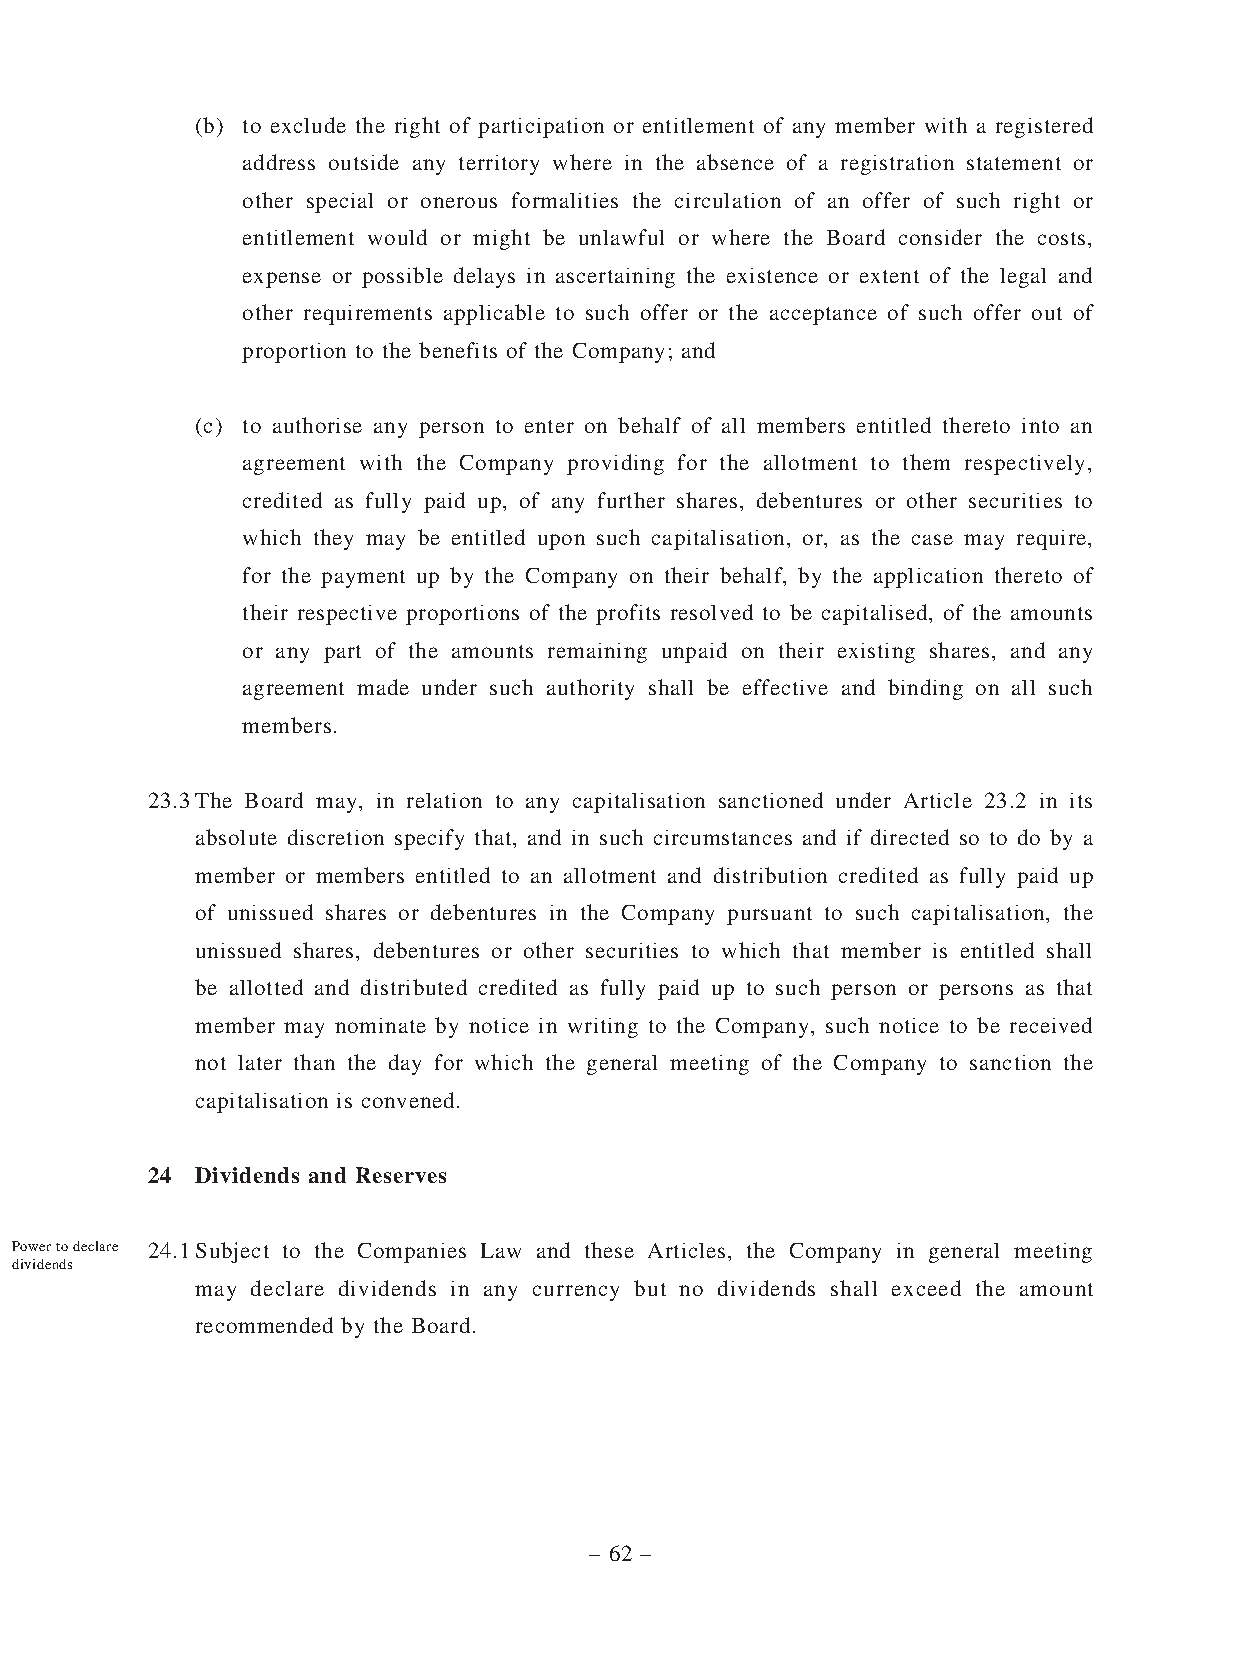
(b) to exclude the right of participation or entitlement of any member with a registered
 address outside any territory where in the absence of a registration statement or
 other special or onerous formalities the circulation of an offer of such right or
 entitlement would or might be unlawful or where the Board consider the costs,
 expense or possible delays in ascertaining the existence or extent of the legal and
 other requirements applicable to such offer or the acceptance of such offer out of
 proportion to the benefits of the Company; and
 (c) to authorise any person to enter on behalf of all members entitled thereto into an
 agreement with the Company providing for the allotment to them respectively,
 credited as fully paid up, of any further shares, debentures or other securities to
 which they may be entitled upon such capitalisation, or, as the case may require,
 for the payment up by the Company on their behalf, by the application thereto of
 their respective proportions of the profits resolved to be capitalised, of the amounts
 or any part of the amounts remaining unpaid on their existing shares, and any
 agreement made under such authority shall be effective and binding on all such
 members.
 23.3 The Board may, in relation to any capitalisation sanctioned under Article 23.2 in its
 absolute discretion specify that, and in such circumstances and if directed so to do by a
 member or members entitled to an allotment and distribution credited as fully paid up
 of unissued shares or debentures in the Company pursuant to such capitalisation, the
 unissued shares, debentures or other securities to which that member is entitled shall
 be allotted and distributed credited as fully paid up to such person or persons as that
 member may nominate by notice in writing to the Company, such notice to be received
 not later than the day for which the general meeting of the Company to sanction the
 capitalisation is convened.
 24 Dividends and Reserves
 Power to declare 24.1 Subject to the Companies Law and these Articles, the Company in general meeting
 dividends
 may declare dividends in any currency but no dividends shall exceed the amount
 recommended by the Board.
 – 62 –